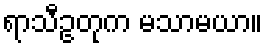
ရာသီဥတုက မသာမယာ။